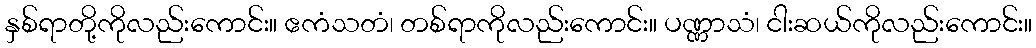
နှစ်ရာတို့ကိုလည်းကောင်း။ ဧကံသတံ၊ တစ်ရာကိုလည်းကောင်း။ ပဏ္ဏာသံ၊ ငါးဆယ်ကိုလည်းကောင်း။